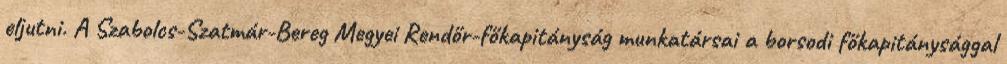
eljutni. A Szabolcs-Szatmár-Bereg Megyei Rendőr-főkapitányság munkatársai a borsodi főkapitánysággal